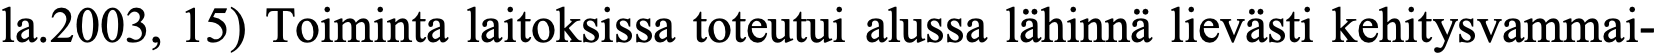
la.2003, 15) Toiminta laitoksissa toteutui alussa lähinnä lievästi kehitysvammai-